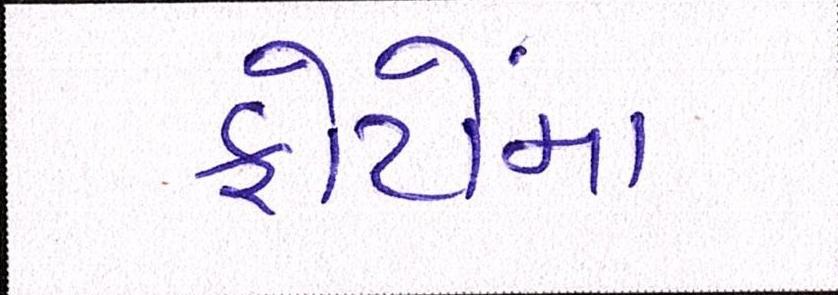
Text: ફોટોમાં